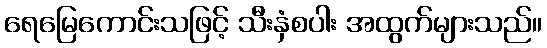
ရေမြေကောင်းသဖြင့် သီးနှံစပါး အထွက်များသည်။